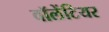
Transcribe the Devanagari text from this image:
वॉलेंटियर